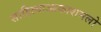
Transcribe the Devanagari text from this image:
साहित्याआकाशमलो